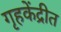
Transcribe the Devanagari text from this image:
गृहकेंद्रीत